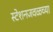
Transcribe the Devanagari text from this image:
स्टेशनजवळच्या